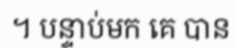
។ បន្ទាប់មក គេ បាន